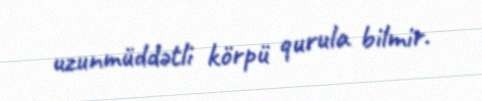
uzunmüddətli körpü qurula bilmir.